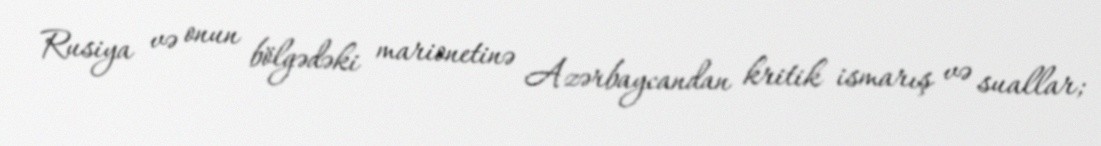
Rusiya və onun bölgədəki marionetinə Azərbaycandan kritik ismarış və suallar;